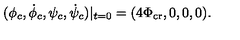
( \phi _ { c } , \dot { \phi } _ { c } , \psi _ { c } , \dot { \psi } _ { c } ) | _ { t = 0 } = ( 4 \Phi _ { \mathrm { c r } } , 0 , 0 , 0 ) .